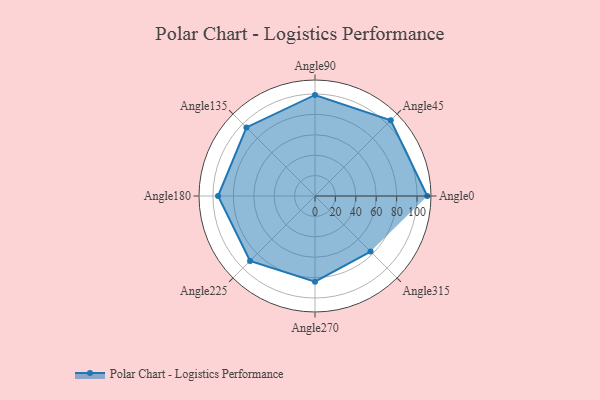
{"axis": {"x": "Angle", "y": "Radius"}, "legend": [""], "data": [{"x": "Angle0", "y": 110.0, "type": ""}, {"x": "Angle45", "y": 105.0, "type": ""}, {"x": "Angle90", "y": 99.0, "type": ""}, {"x": "Angle135", "y": 95.0, "type": ""}, {"x": "Angle180", "y": 95.0, "type": ""}, {"x": "Angle225", "y": 90.0, "type": ""}, {"x": "Angle270", "y": 84.0, "type": ""}, {"x": "Angle315", "y": 77.0, "type": ""}]}